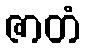
ဇာတံ